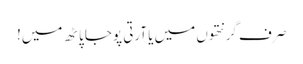
صر ف گرنتھوں میں یا آرتی پوجا پاٹھ میں!